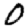
Digit: 0